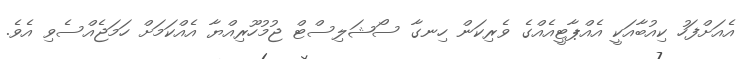
އެއަށްފަހު ކިއުބާއަކީ އެއްޕާޓީއެއްގެ ވެރިކަން ހިނގާ ސޯޝަލިސްޓް ޖުމުހޫރިއްޔާ އެއްކަމަށް ހަމަޖެއްސެވި އެވެ.